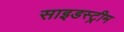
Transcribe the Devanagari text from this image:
साइडस्ट्रीम